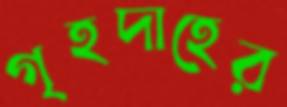
গৃহদাহের